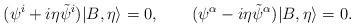
LaTeX: \begin{align*} (\psi^i + i\eta \tilde \psi^i)|B,\eta\rangle=0, \qquad(\psi^\alpha- i\eta\tilde \psi^\alpha )|B,\eta\rangle=0.\end{align*}